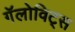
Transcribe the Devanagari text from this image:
गॅलोविट्स